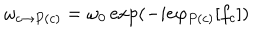
LaTeX: \omega _ { c \rightarrow P ( c ) } = \omega _ { 0 } \exp ( - i e \varphi _ { P ( c ) } [ f _ { c } ] )